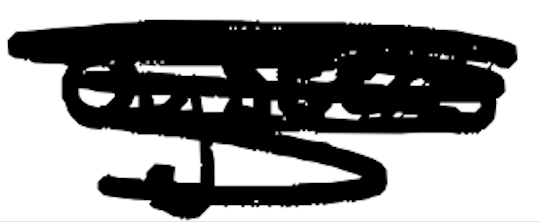
Text: oysters
Cross-out: mix
Writing tool: digital_black